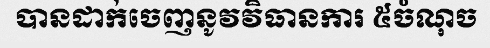
បានដាក់ចេញនូវវិធានការ ៥ចំណុច